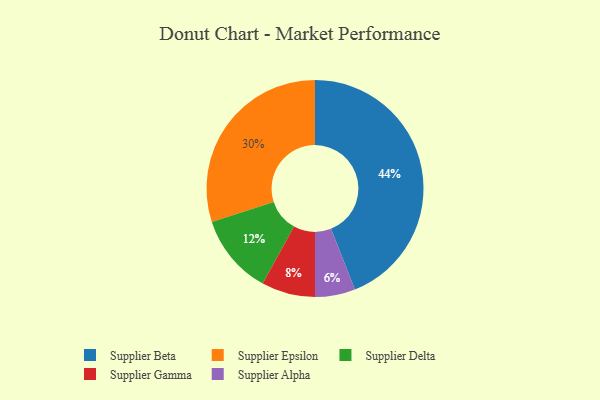
{"axis": {"x": "Category", "y": "Percentage"}, "legend": ["Supplier Alpha", "Supplier Beta", "Supplier Delta", "Supplier Epsilon", "Supplier Gamma"], "data": [{"x": "Supplier Alpha", "y": 6, "type": "Supplier Alpha"}, {"x": "Supplier Beta", "y": 44, "type": "Supplier Beta"}, {"x": "Supplier Delta", "y": 12, "type": "Supplier Delta"}, {"x": "Supplier Epsilon", "y": 30, "type": "Supplier Epsilon"}, {"x": "Supplier Gamma", "y": 8, "type": "Supplier Gamma"}]}